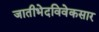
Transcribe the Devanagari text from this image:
जातीभेदविवेकसार